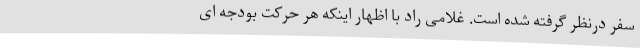
سفر درنظر گرفته شده است. غلامی راد با اظهار اینکه هر حرکت بودجه ای